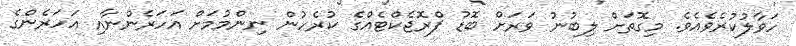
ހަވާލުކުރެވެއެވެ. މިގޮތަށް ލިބުނު ވަރަށް ބޮޑު ޕްރޮޖެކްޓެއްގެ ކުރެހުން ނިންމުމަށް އަހަރެންނާއި އަހަރެންގެ